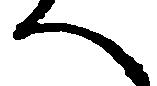
へ